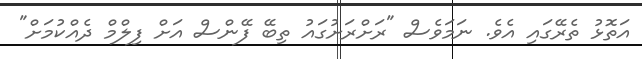
އަތޮޅު ތެރޭގައި އެވެ. ނަމަވެސް "ރަށްރަށުގައު ތިބޭ ފޭންސް އަށް ފިލްމް ދެއްކުމަށް"